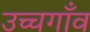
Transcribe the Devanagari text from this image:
उच्चगाँव